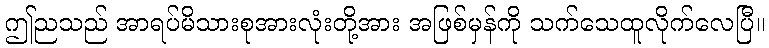
ဤညသည် အာရပ်မိသားစုအားလုံးတို့အား အဖြစ်မှန်ကို သက်သေထူလိုက်လေပြီ။